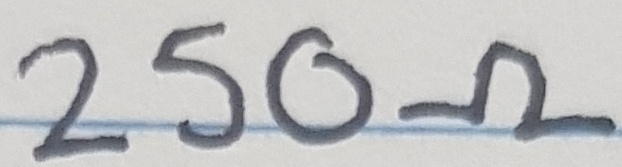
Text: 250Ω